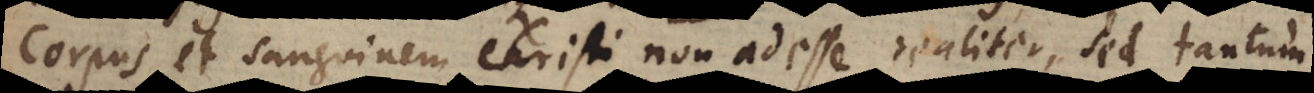
rpus et sanguinem Christi non adesse realiter, sed tantum